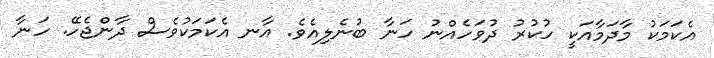
އެކަމަކު މާދަމާއަކީ ހުކުރު ދުވަހެއްނު ހަނާ ބުނެލިއެވެ. އާނ އެކަމަކުވެސް ދާންޖެހޭ. ހަނާ